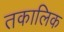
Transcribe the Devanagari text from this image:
तकालिक